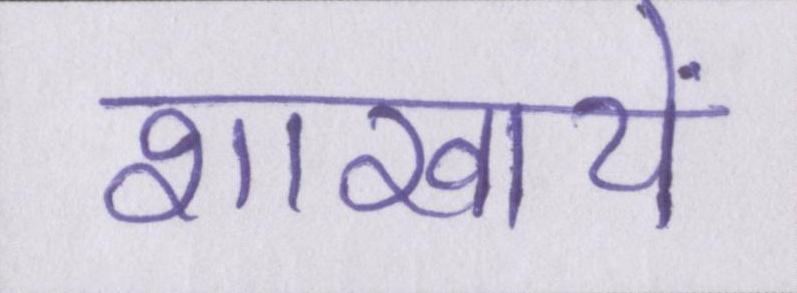
शाखायें